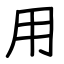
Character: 用